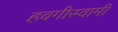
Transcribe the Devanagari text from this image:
हवगीस्वामी